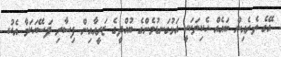
އޭގެ ތެރެއިން ބައެއް ހެކިތަކަކީ އަޅުގަނޑުމެންގެ ބުއްދީގެ ޒަރީއާއިން ފިސާރި ފަސޭހަކަމާ އެކު